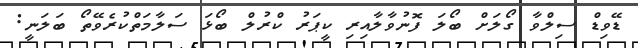
ޑޭވިޑް ސިލްވާ ގޯލަށް ބޯލަ ފޮނުވާލާއިރި ކީޕަރު ކްރުލް ބޯޅަ ސަލާމަތްކުރެވޭތޯ ބަލަނީ: